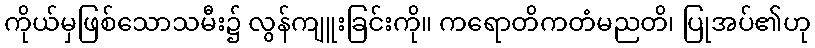
ကိုယ်မှဖြစ်သောသမီး၌ လွန်ကျူးခြင်းကို။ ကရောတိကတံမညတိ၊ ပြုအပ်၏ဟု